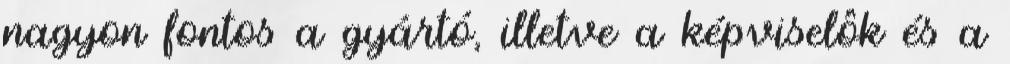
nagyon fontos a gyártó, illetve a képviselôk és a